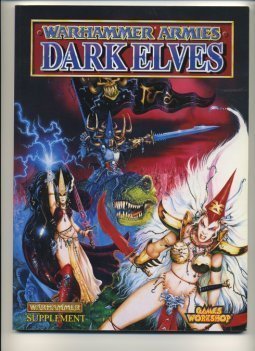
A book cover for Dark Elves Armies (Warhammer Armies); Jervis Johnson; Science Fiction & Fantasy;